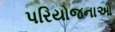
પરિયોજનાઓ